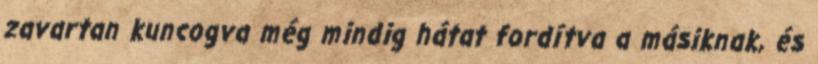
zavartan kuncogva még mindig hátat fordítva a másiknak, és